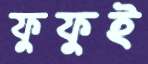
ফুফুই